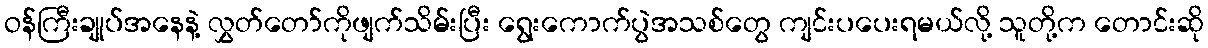
ဝန်ကြီးချုပ်အနေနဲ့ လွှတ်တော်ကိုဖျက်သိမ်းပြီး ရွေးကောက်ပွဲအသစ်တွေ ကျင်းပပေးရမယ်လို့ သူတို့က တောင်းဆို